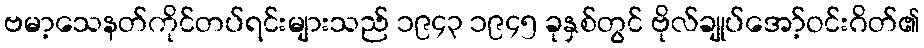
ဗမာ့သေနတ်ကိုင်တပ်ရင်းများသည် ၁၉၄၃ ၁၉၄၅ ခုနှစ်တွင် ဗိုလ်ချုပ်အော့်ဝင်းဂိတ်၏